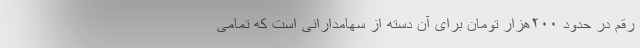
رقم در حدود ۲۰۰هزار تومان برای آن دسته از سهامدارانی است که تمامی